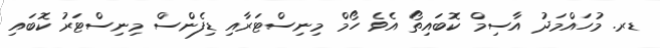
ޑރ. މުހައްމަދު އާސިމް ކޮބައިތޯ އެވެ ހޯމް މިނިސްޓަރާއި ޑިފެންސް މިނިސްޓަރު ކޮބައި